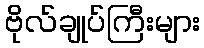
ဗိုလ်ချုပ်ကြီးများ